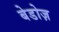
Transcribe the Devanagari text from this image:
बेडोज़